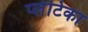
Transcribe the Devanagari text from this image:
प्लेटिका